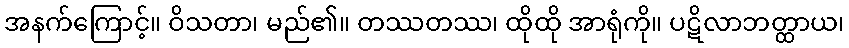
အနက်ကြောင့်။ ဝိသတာ၊ မည်၏။ တဿတဿ၊ ထိုထို အာရုံကို။ ပဋိလာဘတ္ထာယ၊